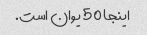
اینجا 50 یوان است.